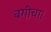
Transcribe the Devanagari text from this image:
बगीचा।